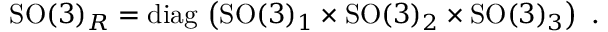
\mathrm { S O } ( 3 ) _ { R } = \mathrm { d i a g } \, \left( \mathrm { S O } ( 3 ) _ { 1 } \times \mathrm { S O } ( 3 ) _ { 2 } \times \mathrm { S O } ( 3 ) _ { 3 } \right) ~ .